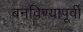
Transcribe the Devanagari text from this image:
बनविण्यापूर्वी